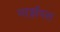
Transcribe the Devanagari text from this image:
मार्झपत